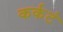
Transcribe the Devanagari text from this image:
कर्कटं